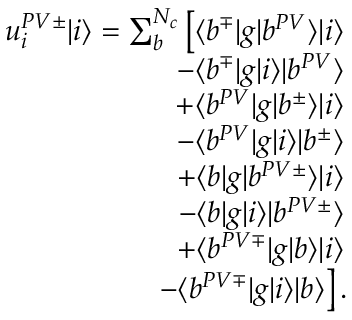
\begin{array} { r } { u _ { i } ^ { P V \pm } | i \rangle = \sum _ { b } ^ { N _ { c } } \left[ \langle b ^ { \mp } | g | b ^ { P V } \rangle | i \rangle \right. } \\ { \left. - \langle b ^ { \mp } | g | i \rangle | b ^ { P V } \rangle \right. } \\ { \left. + \langle b ^ { P V } | g | b ^ { \pm } \rangle | i \rangle \right. } \\ { \left. - \langle b ^ { P V } | g | i \rangle | b ^ { \pm } \rangle \right. } \\ { \left. + \langle b | g | b ^ { P V \pm } \rangle | i \rangle \right. } \\ { \left. - \langle b | g | i \rangle | b ^ { P V \pm } \rangle \right. } \\ { \left. + \langle b ^ { P V \mp } | g | b \rangle | i \rangle \right. } \\ { \left. - \langle b ^ { P V \mp } | g | i \rangle | b \rangle \right] . } \end{array}